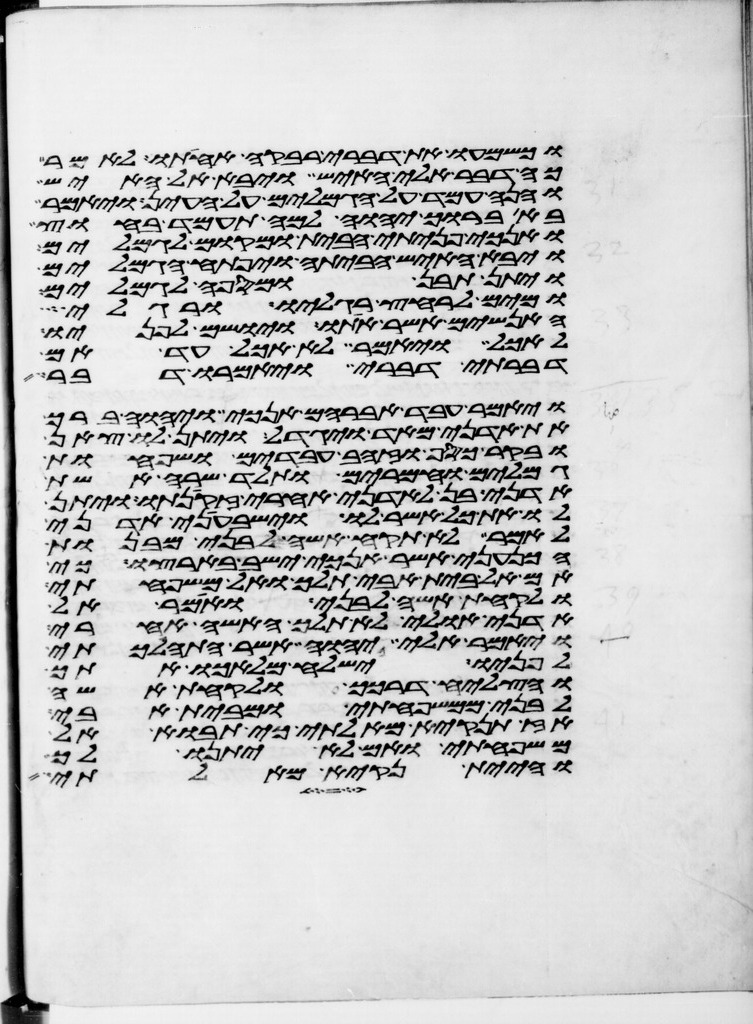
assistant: וכשמעו את דברי רבקה אחותו לאמר
כה דבר אלי האיש ויבא אל האיש
והנה עמד על הגמלים על העין ויאמר
בא ברוך יהוה למה תעמד בחוץ
ואנכי פניתי הבית ומקום לגמלים
ויבא האיש הביתה ויפתח הגמלים
ויתן תבן ומספה לגמלים
ומים לרחץ רגליו ורגלי
האנשים אשר אתו ויושם לפניו
לאכל ויאמר לא אכל עד אם
דברתי דברי ויאמרו דבר
ויאמר עבד אברהם אנכי ויהוה ברך
את אדני מאד ויגדל ויתן לו צאן
ובקר כסף וזהב עבדים ושפחות
וגמלים וחמרים ותלד שרה אשת
אדני בן לאדני אחרי זקנתו ויתן
לו את כל אשר לו וישבעני אדני
לאמר לא תקח אשה לבני מבנות
הכנעני אשר אנכי ישב בארצו כי
אם אל בית אבי תלך ואל משפחתי
ולקחת אשה לבני ואמר אל
אדני אולי לא תלך האשה אחרי
ויאמר אלי יהוה אשר התהלכתי
לפניו ישלח מלאכו אתך
והצליח דרכך ולקחת אשה
לבני ממשפחתי ומבית אבי
אז תנקיא מאלתי כי תבוא אל
משפחתי ואם לא יתנו לך
והיית נקיא מאלתי